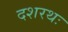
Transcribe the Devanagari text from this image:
दशरथः